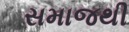
સમાજથી